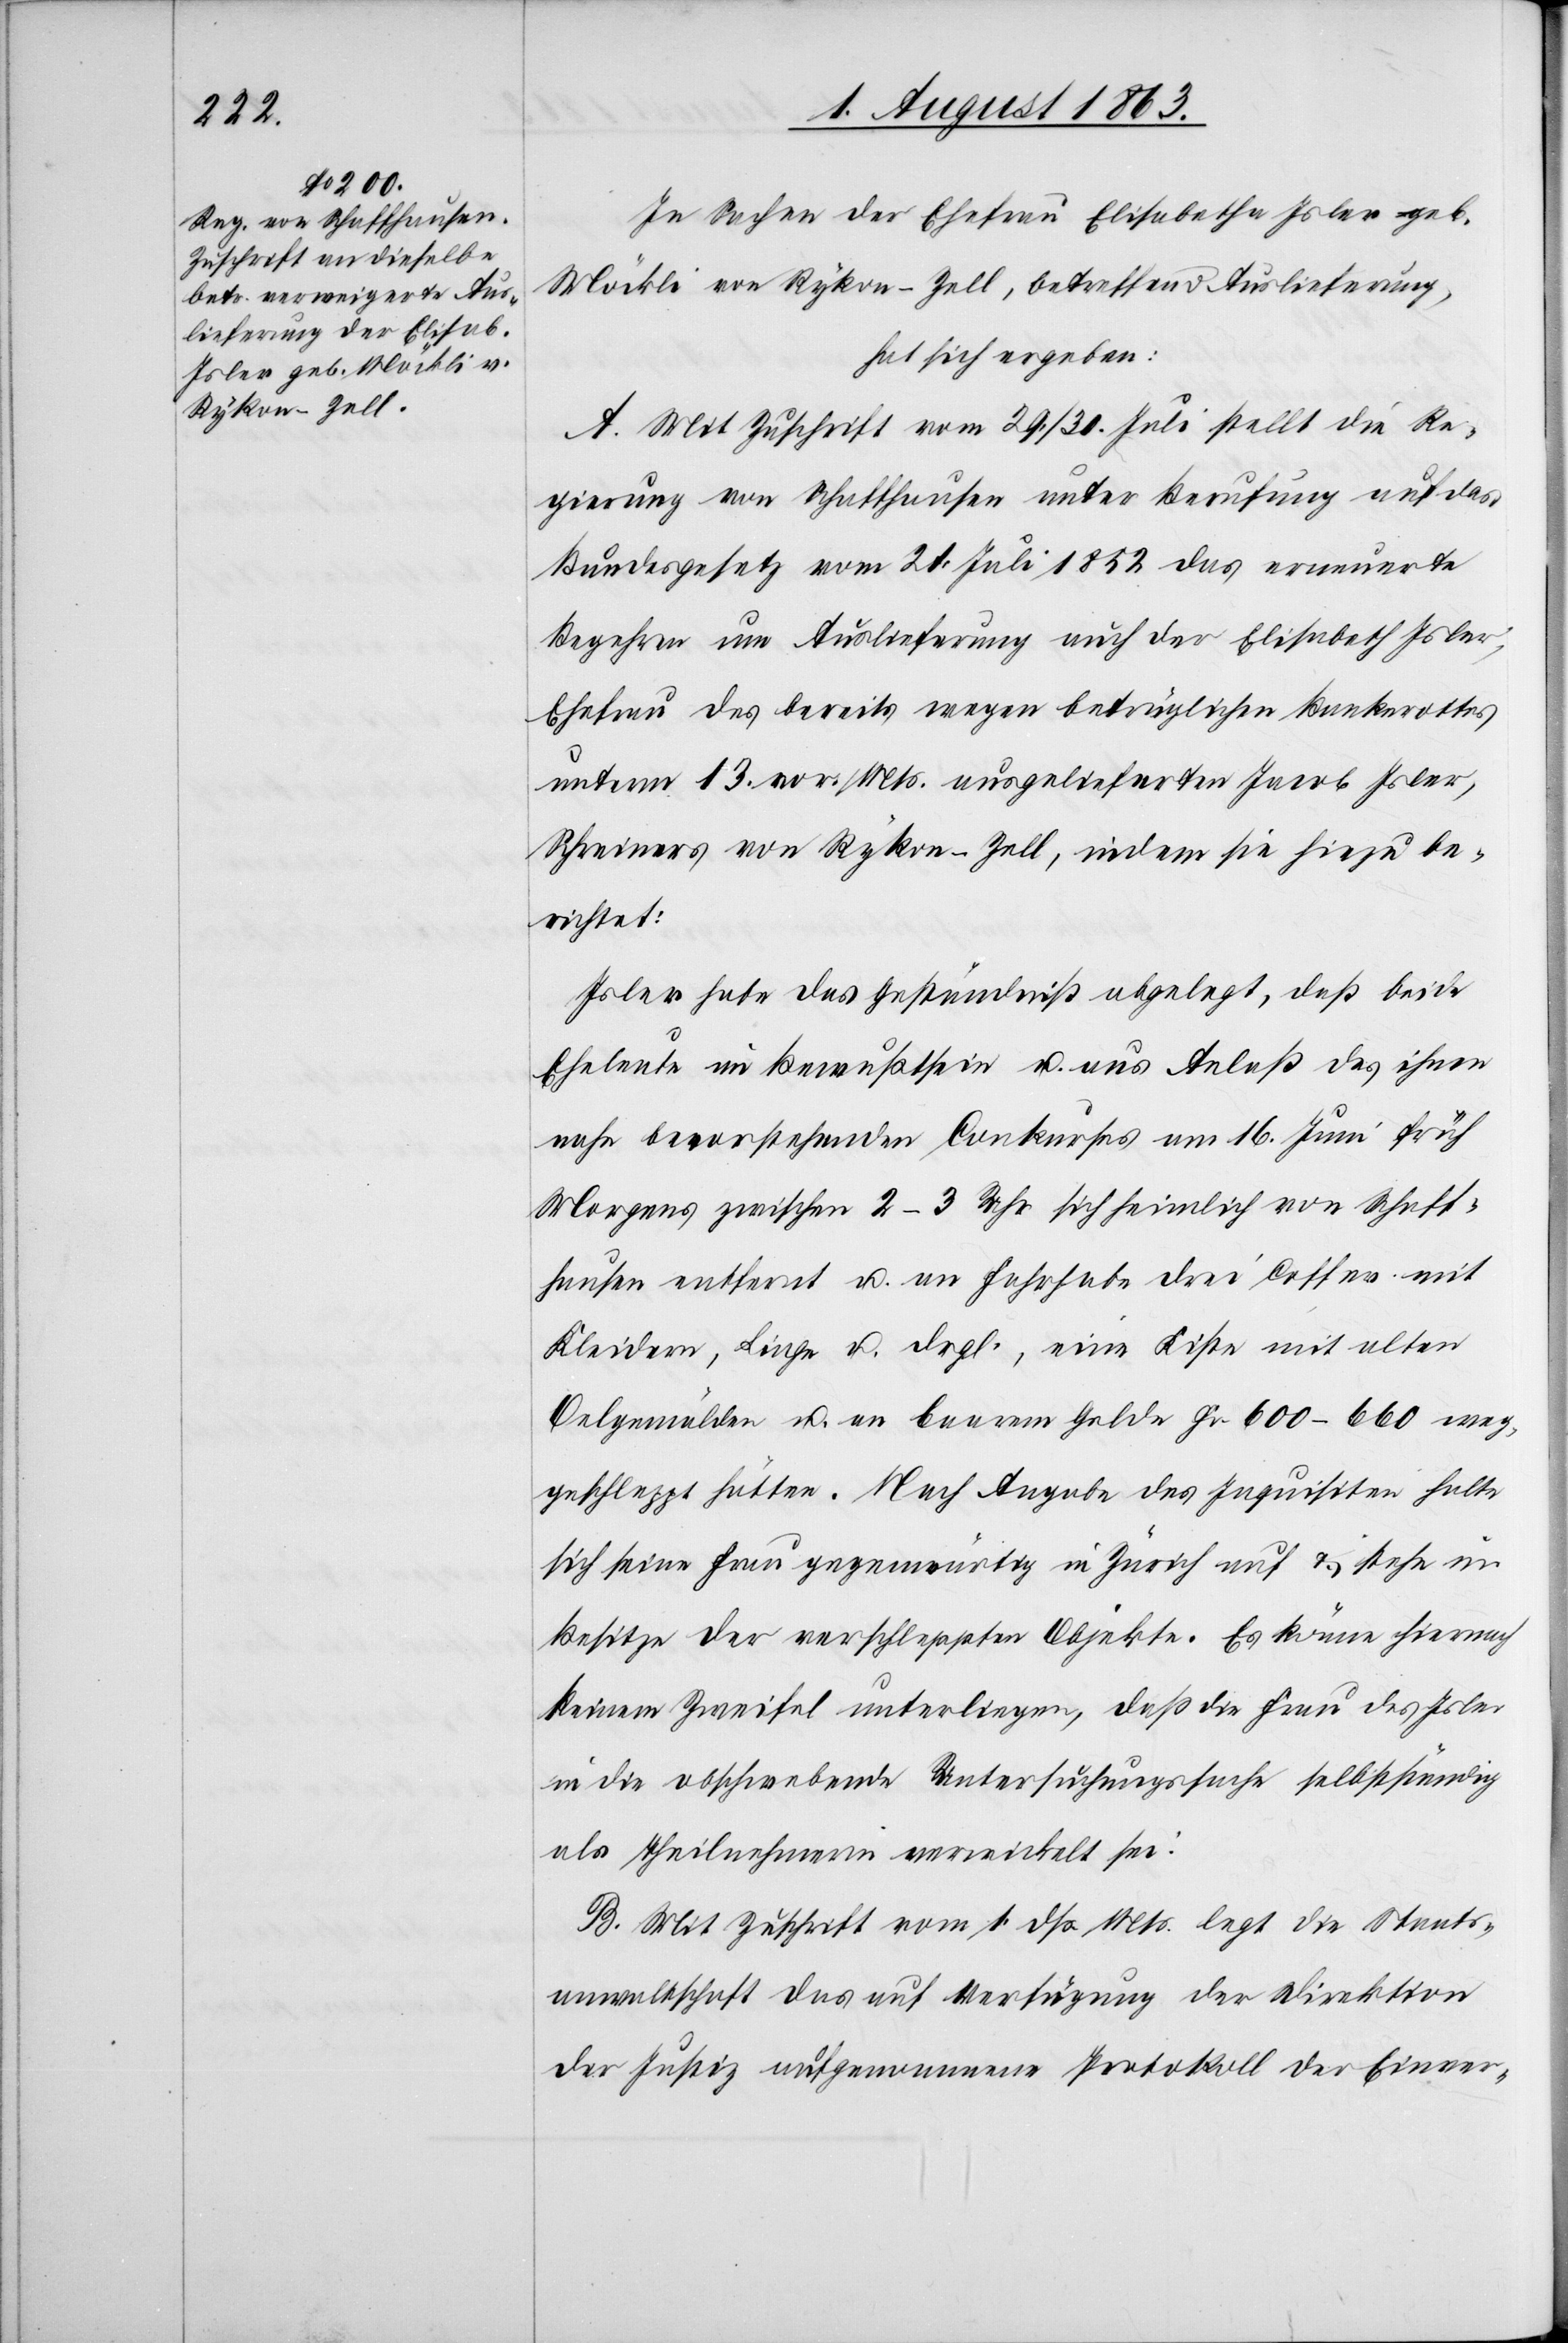
5. August 1863.]
In Sachen der Ehefrau Elisabetha Isler geb.
Möckli von Rykon-Zell, betreffend Auslieferung,
hat sich ergeben:
A. Mit Zuschrift vom 29./31. Juli stellt die Re¬
gierung von Schaffhausen unter Berufung auf das
Bundesgesetz vom 21. Juli 1852 das erneuerte
Begehren um Auslieferung auch der Elisabeth Isler,
Ehefrau des bereits wegen betrüglichen Bankerottes
unterm 13. vor. Mts. ausgelieferten Jacob Isler,
Schreiners von Rykon-Zell, indem sie hiezu be¬
richtet:
Isler habe das Geständniß abgelegt, daß beide
Eheleute im Bewußtsein u. aus Anlaß des ihnen
nahe bevorstehenden Conkurses am 16. Juni früh
Morgens zwischen 2–3 Uhr sich heimlich von Schaff¬
hausen entfernt u. an Fahrhabe drei Coffer mit
Kleidern, Linge u. drgl., eine Kiste mit alten
Oelgemälden u. an baarem Gelde Fr. 600–660 weg¬
geschleppt hätten. Nach Angabe des Inquisiten halte
sich seine Frau gegenwärtig in Zürich auf & stehe im
Besitze der verschleppten Objekte. Es könne hiernach
keinem Zweifel unterliegen, daß die Frau des Isler
in die obschwebende Untersuchungssache selbstständig
als Theilnehmerin verwickelt sei.
B. Mit Zuschrift vom 1. dß. Mts. legt die Staats¬
anwaltschaft das auf Verfügung der Direktion
der Justiz aufgenommene Protokoll der Einver-